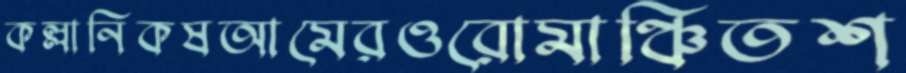
কল্লানিকষআমেরওরোমাঞ্চিতশ